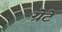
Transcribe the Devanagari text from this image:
ग्रेटे